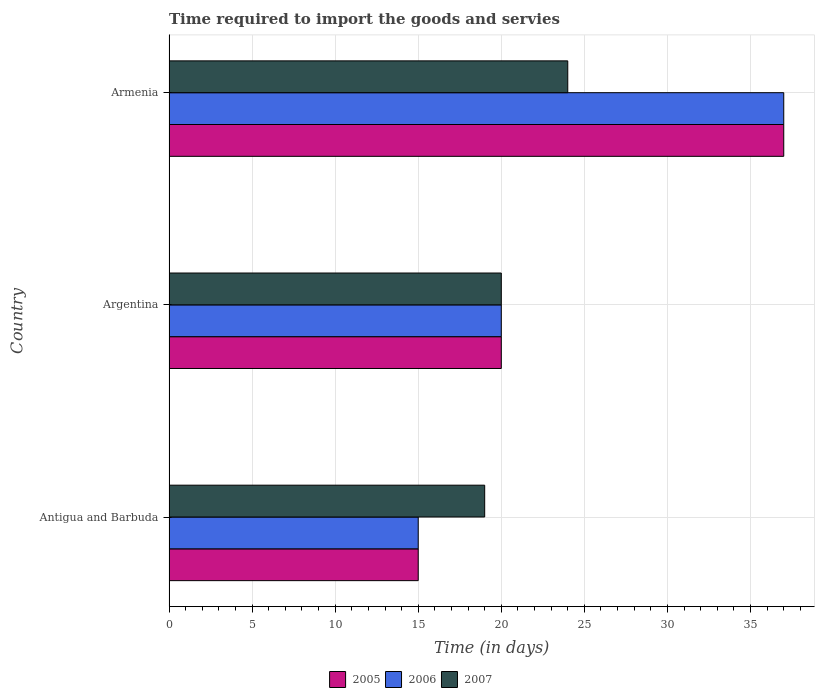
| Country | 2005 | 2006 | 2007 |
 | --- | --- | --- | --- |
 | Antigua and Barbuda | 15 | 15 | 19 |
 | Argentina | 20 | 20 | 20 |
 | Armenia | 37 | 37 | 24 |